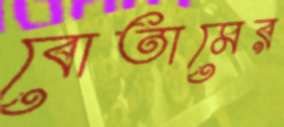
বোতামের